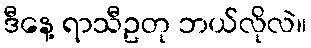
ဒီနေ့ ရာသီဥတု ဘယ်လိုလဲ။